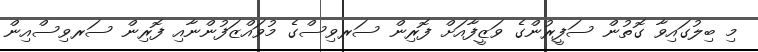
މި ބިލުގައިވާ ގޮތުން ސަފީރުންގެ ވަޒީފާއަށް ފޮރިން ސަރވިސްގެ މުވައްޒަފުންނާއި ފޮރިން ސަރވިސްއިން